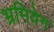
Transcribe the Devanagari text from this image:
भ्रमिवेग